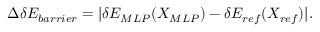
\Delta \delta E _ { b a r r i e r } = | \delta E _ { M L P } ( X _ { M L P } ) - \delta E _ { r e f } ( X _ { r e f } ) | .